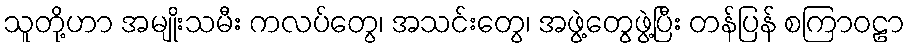
သူတို့ဟာ အမျိုးသမီး ကလပ်တွေ၊ အသင်းတွေ၊ အဖွဲ့တွေဖွဲ့ပြီး တန်ပြန် စကြာဝဠာ